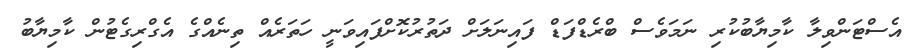
އެސްޓަންވިލާ ކާމިޔާބުކުރި ނަމަވެސް ބްރެޑްފަޑް ފައިނަލަށް ދަތުރުކޮށްފައިވަނީ ހަތަރެއް ތިނެއްގެ އެގްރިގެޓުން ކާމިޔާބު